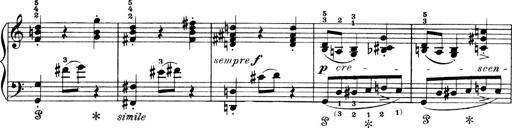
Title: 4 Sonatines
Composer: Max Reger